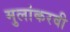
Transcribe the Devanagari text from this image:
मुलांकरवी